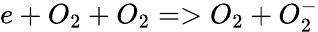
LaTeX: e+O_{2}+O_{2}=>O_{2}+O_{2}^{-}